Triennial report on the lunatic asylums in the province of Eastern Bengal and Assam - 1903-1911
Year: 1903
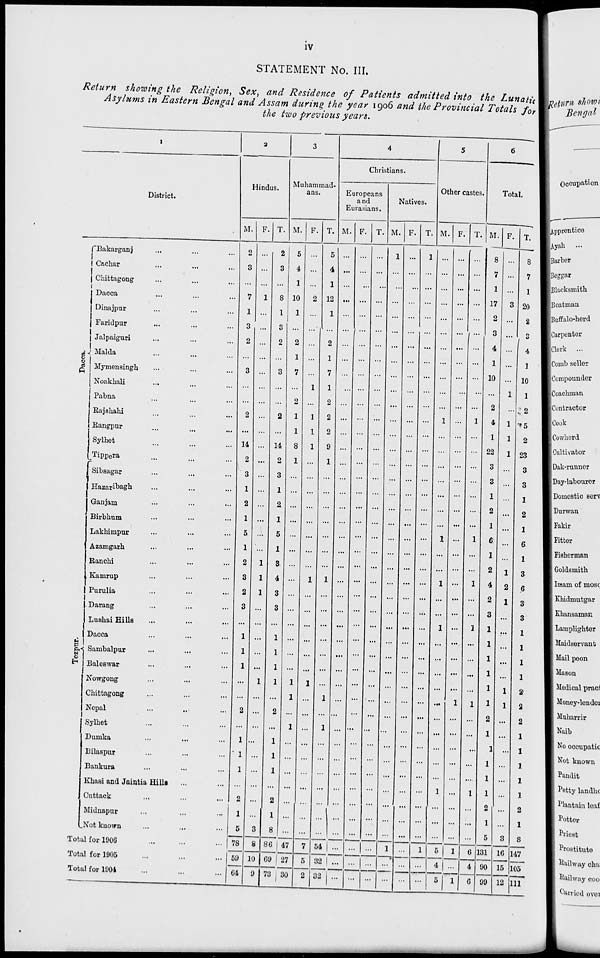
iv
STATEMENT No. III.
Return showing the Religion, Sex, and Residence of Patients admitted into the Lunatic
Asylums in Eastern Bengal and Assam during the year 1906 and the Provincial Totals for
the two previous years.
1
District.
Dacca.
Tezpur.
Bakarganj ... ... ...
Cachar ... ... ...
Chittagong ... ... ...
Dacca ... ... ...
Dinajpur ... ... ...
Faridpur ... ... ...
Jalpaiguri ... ... ...
Malda ... ... ...
Mymensingh ... ... ...
Noakhali ... ... ...
Pabna ... ... ...
Rajshahi ... ... ...
Rangpur ... ... ...
Sylhet ... ... ...
Tippera ... ... ...
Sibsagar ... ... ...
Hazaribagh ... ... ...
Ganjam ... ... ...
Birbhum ... ... ...
Lakhimpur ... ... ...
Azamgarh ... ... ...
Ranchi ... ... ...
Kamrup ... ... ...
Purulia ... ... ...
Darang ... ... ...
Lushai Hills ... ... ...
Dacca ... ... ...
Sambalpur ... ... ...
Baleswar ... ... ...
Nowgong ... ... ...
Chittagong ... ... ...
Nepal ... ... ...
Sylhet ... ... ...
Dumka ... ... ...
Bilaspur ... ... ...
Bankura ... ... ...
Khasi and Jaintia Hills ... ...
Cuttack ... ... ...
Midnapur ... ... ...
Not known ... ... ...
Total for 1906 ... ... ...
Total for 1905 ... ... ...
Total for 1904 ... ... ...
2
Hindus.
M.
2
3
...
7
1
3
2
...
3
...
...
2
...
14
2
3
1
2
1
5
1
2
3
2
3
...
1
1
1
...
...
2
...
1
1
1
...
2
1
5
78
59
64
F.
...
...
...
1
...
...
...
...
...
...
...
...
...
...
...
...
...
...
...
...
...
1
1
1
...
...
...
...
...
1
...
...
...
...
...
...
...
...
...
3
8
10
9
T.
2
3
...
8
1
3
2
...
3
...
...
2
...
14
2
3
1
2
1
5
1
3
4
3
3
...
1
1
1
1
...
2
...
1
1
1
...
2
1
8
86
69
73
3
Muhammad-
ans.
M.
5
4
1
10
1
...
2
1
7
...
2
1
1
8
1
...
...
...
...
...
...
...
...
...
...
...
...
...
...
1
1
...
1
...
...
...
...
...
...
...
47
27
30
F.
...
...
...
2
...
...
...
...
...
1
...
1
1
1
...
...
...
...
...
...
...
...
1
...
...
...
...
...
...
1
...
...
...
...
...
...
...
...
...
...
7
5
2
T.
5
4
1
12
1
...
2
1
7
1
2
2
2
9
1
...
...
...
...
...
...
...
1
...
...
...
...
...
...
...
1
...
1
...
...
...
...
...
...
...
54
32
32
4
Christians.
Europeans
and
Eurasians.
M.
...
...
...
...
...
...
...
...
...
...
...
...
...
...
...
...
...
...
...
...
...
...
...
...
...
...
...
...
...
...
...
...
...
...
...
...
...
...
...
...
...
...
...
F.
...
...
...
...
...
...
...
...
...
...
...
...
...
...
...
...
...
...
...
...
...
...
...
...
...
...
...
...
...
...
...
...
...
...
...
...
...
...
...
...
...
...
...
T.
...
...
...
...
...
...
...
...
...
...
...
...
...
...
...
...
...
...
...
...
...
...
...
...
...
...
...
...
...
...
...
...
...
...
...
...
...
...
...
...
...
...
...
Natives.
M.
1
...
...
...
...
...
...
...
...
...
...
...
...
...
...
...
...
...
...
...
...
...
...
...
...
...
...
...
...
...
...
...
...
...
...
...
...
...
...
...
1
...
...
F.
...
...
...
...
...
...
...
...
...
...
...
...
...
...
...
...
...
...
...
...
...
...
...
...
...
...
...
...
...
...
...
...
...
...
...
...
...
...
...
...
...
...
...
T.
1
...
...
...
...
...
...
...
...
...
...
...
...
...
...
...
...
...
...
...
...
...
...
...
...
...
...
...
...
...
...
...
...
...
...
...
...
...
...
...
1
...
...
5
Other castes.
M.
...
...
...
...
...
...
...
...
...
...
...
1
...
...
...
...
...
...
...
1
...
...
1
...
...
1
...
...
...
...
...
...
...
...
...
...
1
...
...
...
5
4
5
F.
...
...
...
...
...
...
...
...
...
...
...
...
...
...
...
...
...
...
...
...
...
...
...
...
...
...
...
...
...
...
1
...
...
...
...
...
...
...
...
...
1
...
1
T.
...
...
...
...
...
...
...
...
...
...
...
1
...
...
...
...
...
...
...
1
...
...
1
...
...
1
...
...
...
...
1
...
...
...
...
....
1
...
...
...
6
4
6
6
Total.
M.
8
7
1
17
2
3
4
1
10
...
2
4
1
22
3
3
1
2
1
6
1
2
4
2
3
1
1
1
1
1
1
2
1
1
1
1
1
2
1
5
131
90
99
F.
...
...
...
3
...
...
...
...
...
1
...
1
1
1
...
...
...
...
...
...
...
1
2
1
...
...
...
...
...
1
1
...
...
...
...
...
...
...
...
3
16
15
12
T.
8
7
1
20
2
3
4
1
10
1
2
5
2
23
3
3
1
2
1
6
1
3
6
3
3
1
1
1
1
2
2
2
1
1
1
1
1
2
1
8
147
105
111